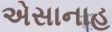
એસાનાહ